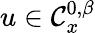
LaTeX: u\in\mathcal{C}_{x}^{0,\beta}